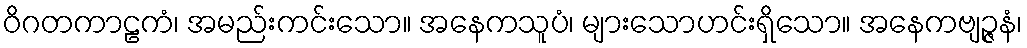
ဝိဂတကာဠကံ၊ အမည်းကင်းသော။ အနေကသူပံ၊ များသောဟင်းရှိသော။ အနေကဗျဉ္ဇနံ၊